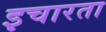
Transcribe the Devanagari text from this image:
इचारता